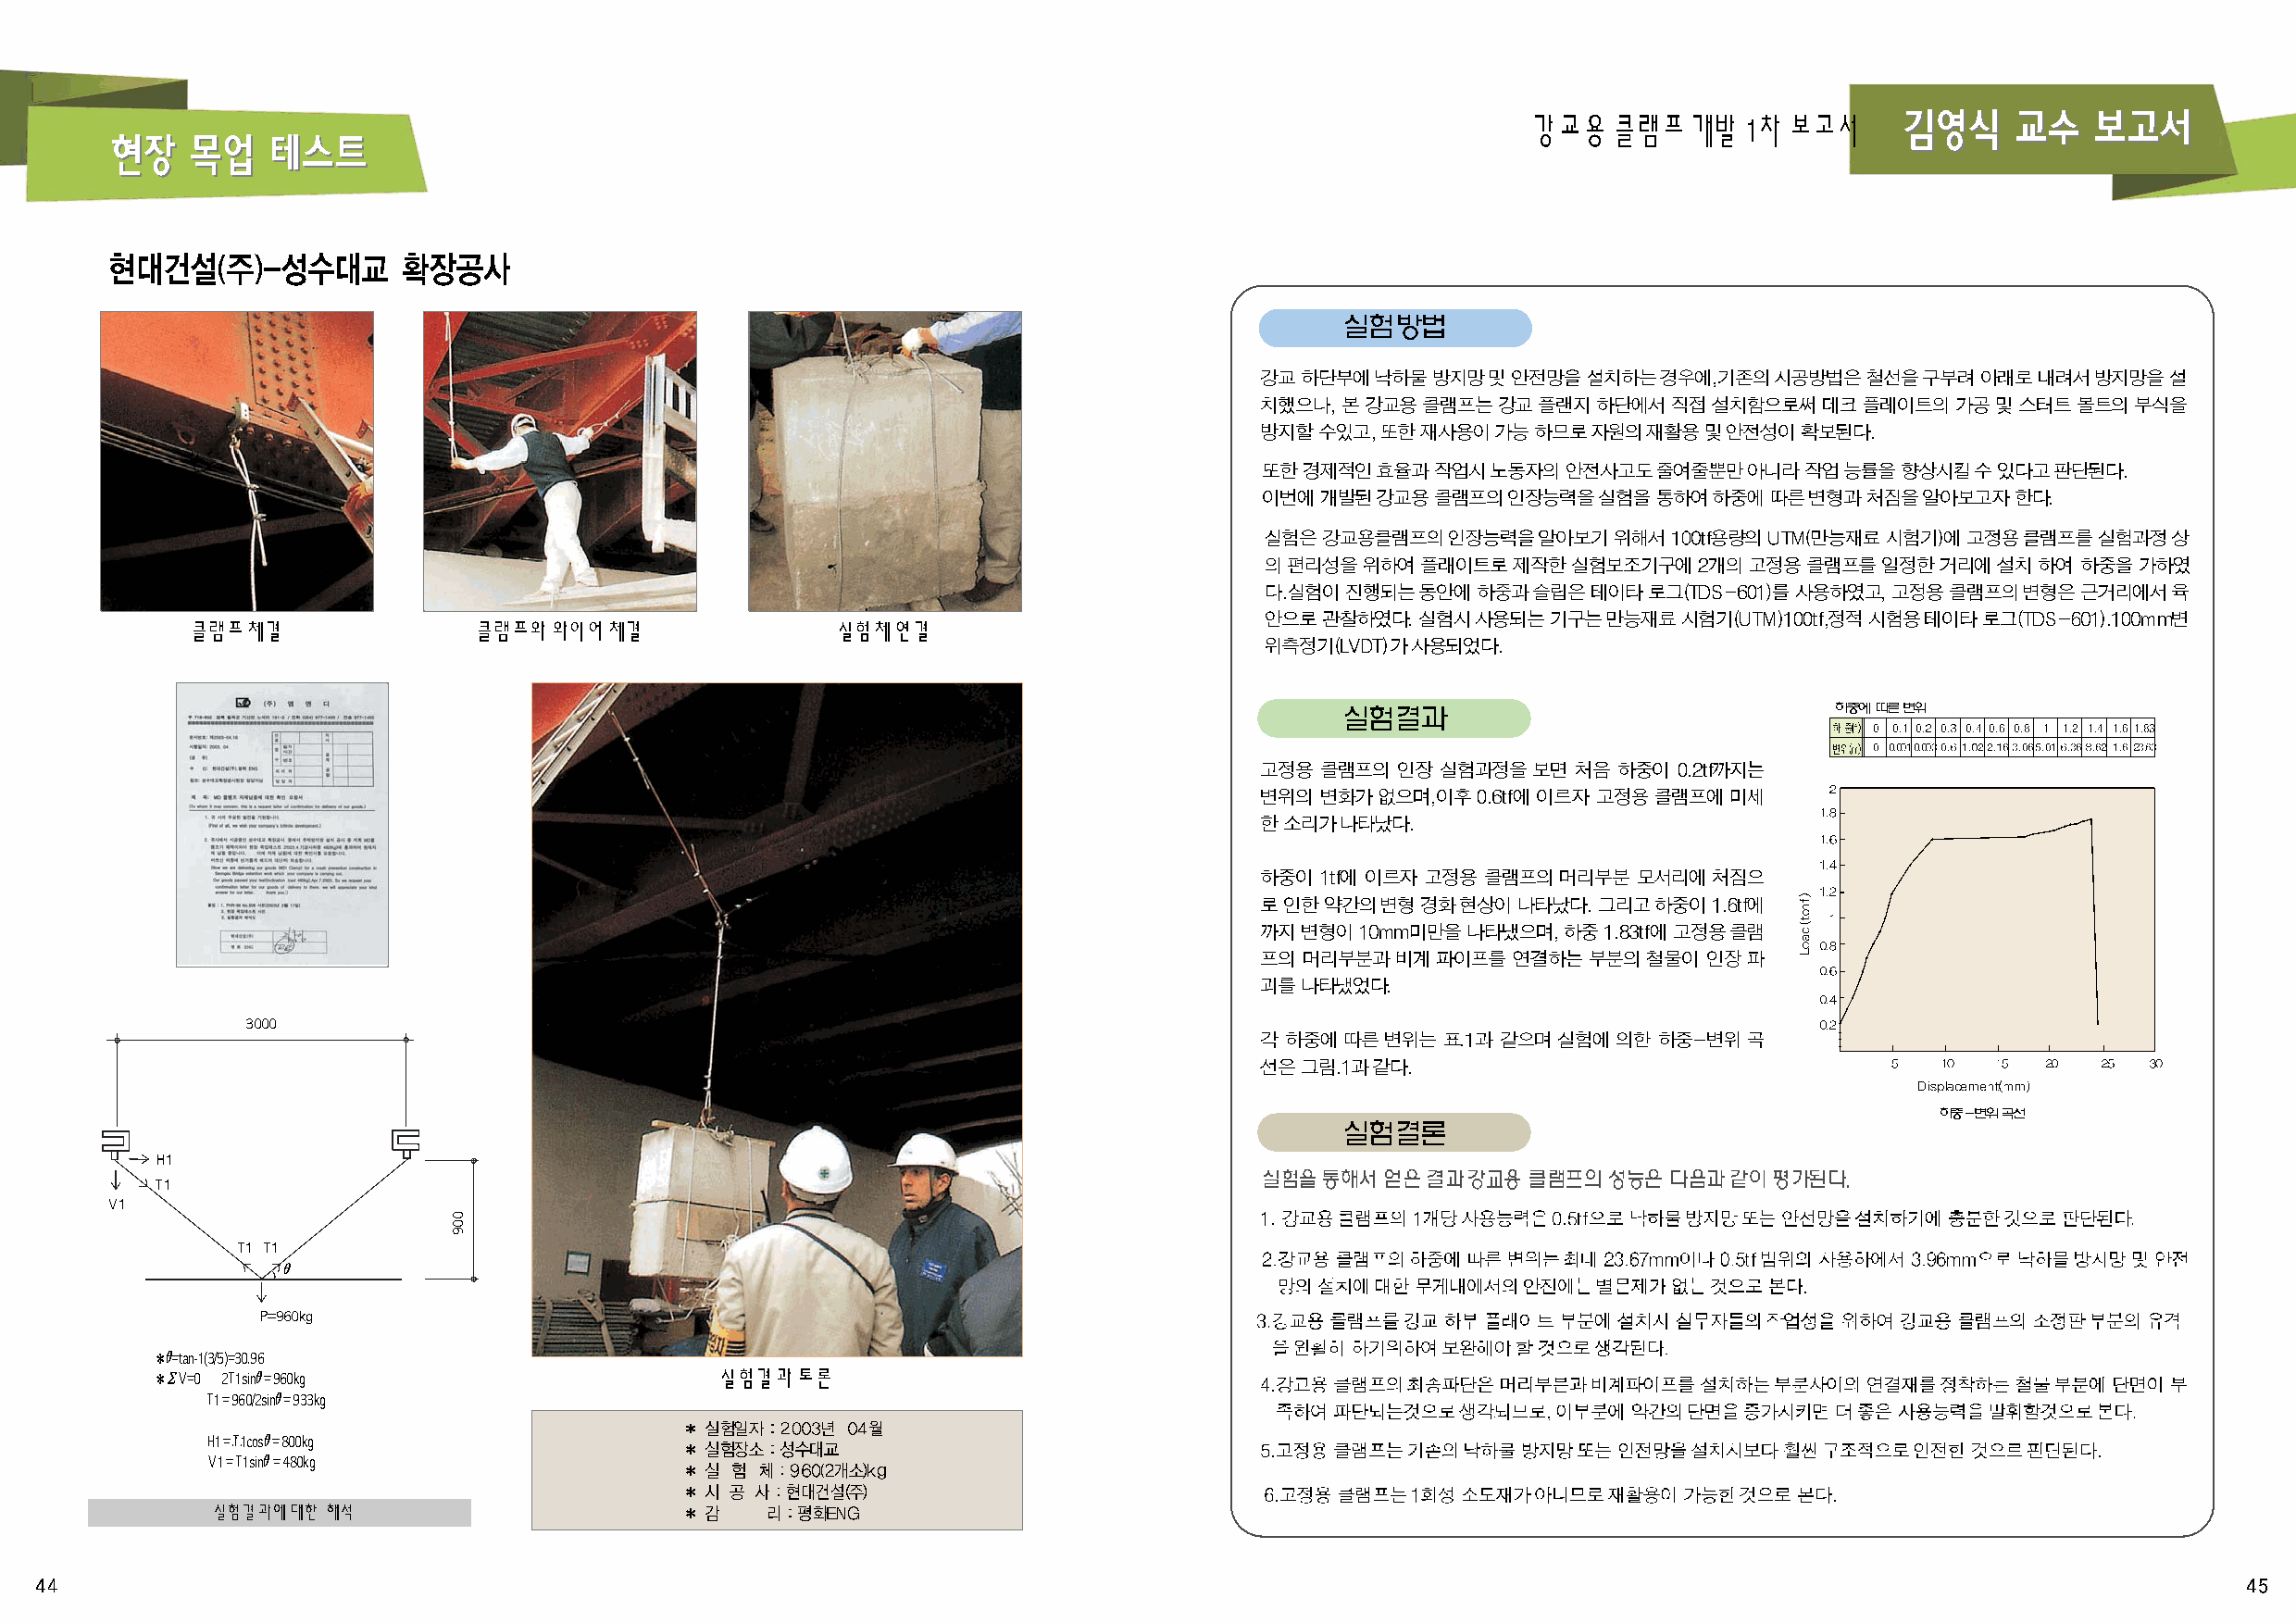
강교용클램프개발1차보고서
 클램프체결               클램프와와이어체결                 실험체연결
 3000
 H1
 T1
 V1
 T1 T1
 θ
 P=960kg
 ✽θ=tan-1(3/5)=30.96
 ✽ΣV=0 2T1sinθ= 960kg                     실험결과토론
 T1 = 960/2sinθ= 933kg
 H1 = .T.1.cosθ= 800kg
 V1 = T1sinθ= 480kg
 실험결과에대한해석
 009